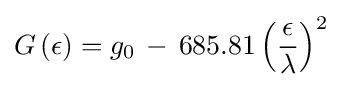
G\left(\epsilon \right)=g_{0}\,-\,685.81\left({\frac {\epsilon }{\lambda }}\right)^{2}